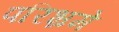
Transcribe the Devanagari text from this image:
परिभ्रमे